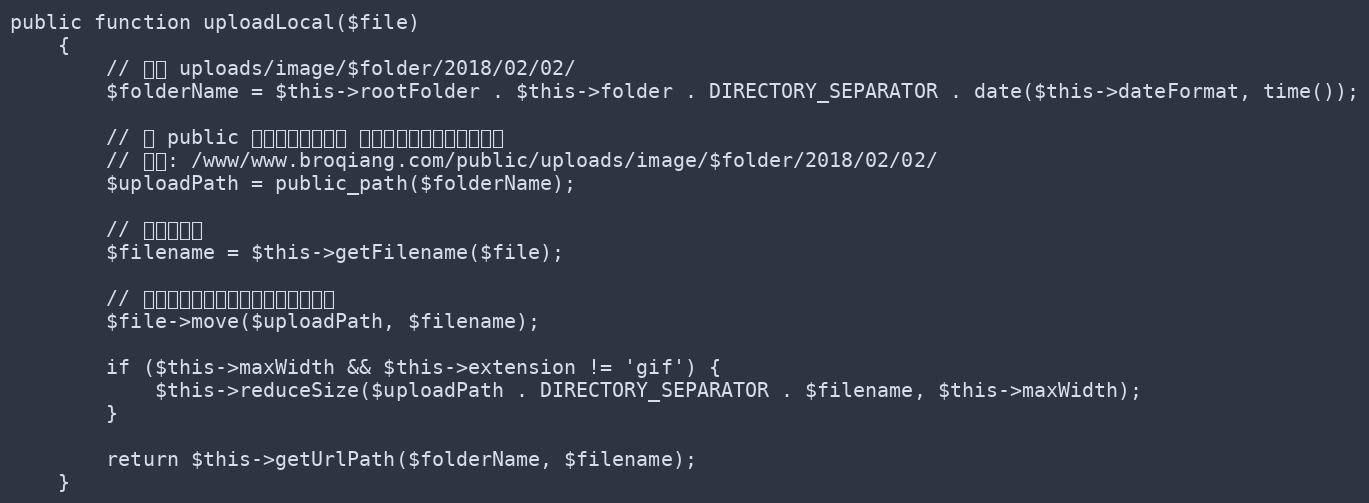
Language: PHP
public function uploadLocal($file)
    {
        // 格式 uploads/image/$folder/2018/02/02/
        $folderName = $this->rootFolder . $this->folder . DIRECTORY_SEPARATOR . date($this->dateFormat, time());

        // 将 public 目录的绝对路径和 上面定义的路径拼接到一起
        // 格式: /www/www.broqiang.com/public/uploads/image/$folder/2018/02/02/
        $uploadPath = public_path($folderName);

        // 拼接文件名
        $filename = $this->getFilename($file);

        // 将图片移动到我们的目标存储路径中
        $file->move($uploadPath, $filename);

        if ($this->maxWidth && $this->extension != 'gif') {
            $this->reduceSize($uploadPath . DIRECTORY_SEPARATOR . $filename, $this->maxWidth);
        }

        return $this->getUrlPath($folderName, $filename);
    }